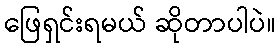
ဖြေရှင်းရမယ် ဆိုတာပါပဲ။